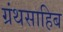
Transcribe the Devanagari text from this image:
ग्रंथसाहिब